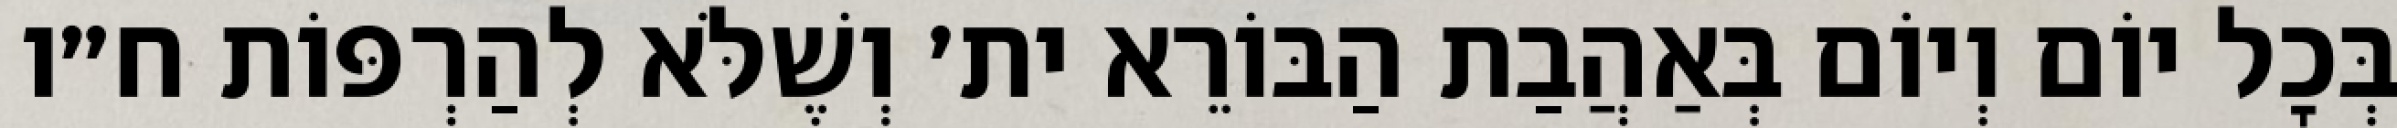
בְּכׇל יוֹם וְיוֹם בְּאַהֲבַת הַבּוֹרֵא ית׳ וְשֶׁלֹּא לְהַרְפּוֹת ח״ו